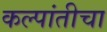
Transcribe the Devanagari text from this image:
कल्पांतीचा